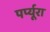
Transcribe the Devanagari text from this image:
पर्प्यूरा